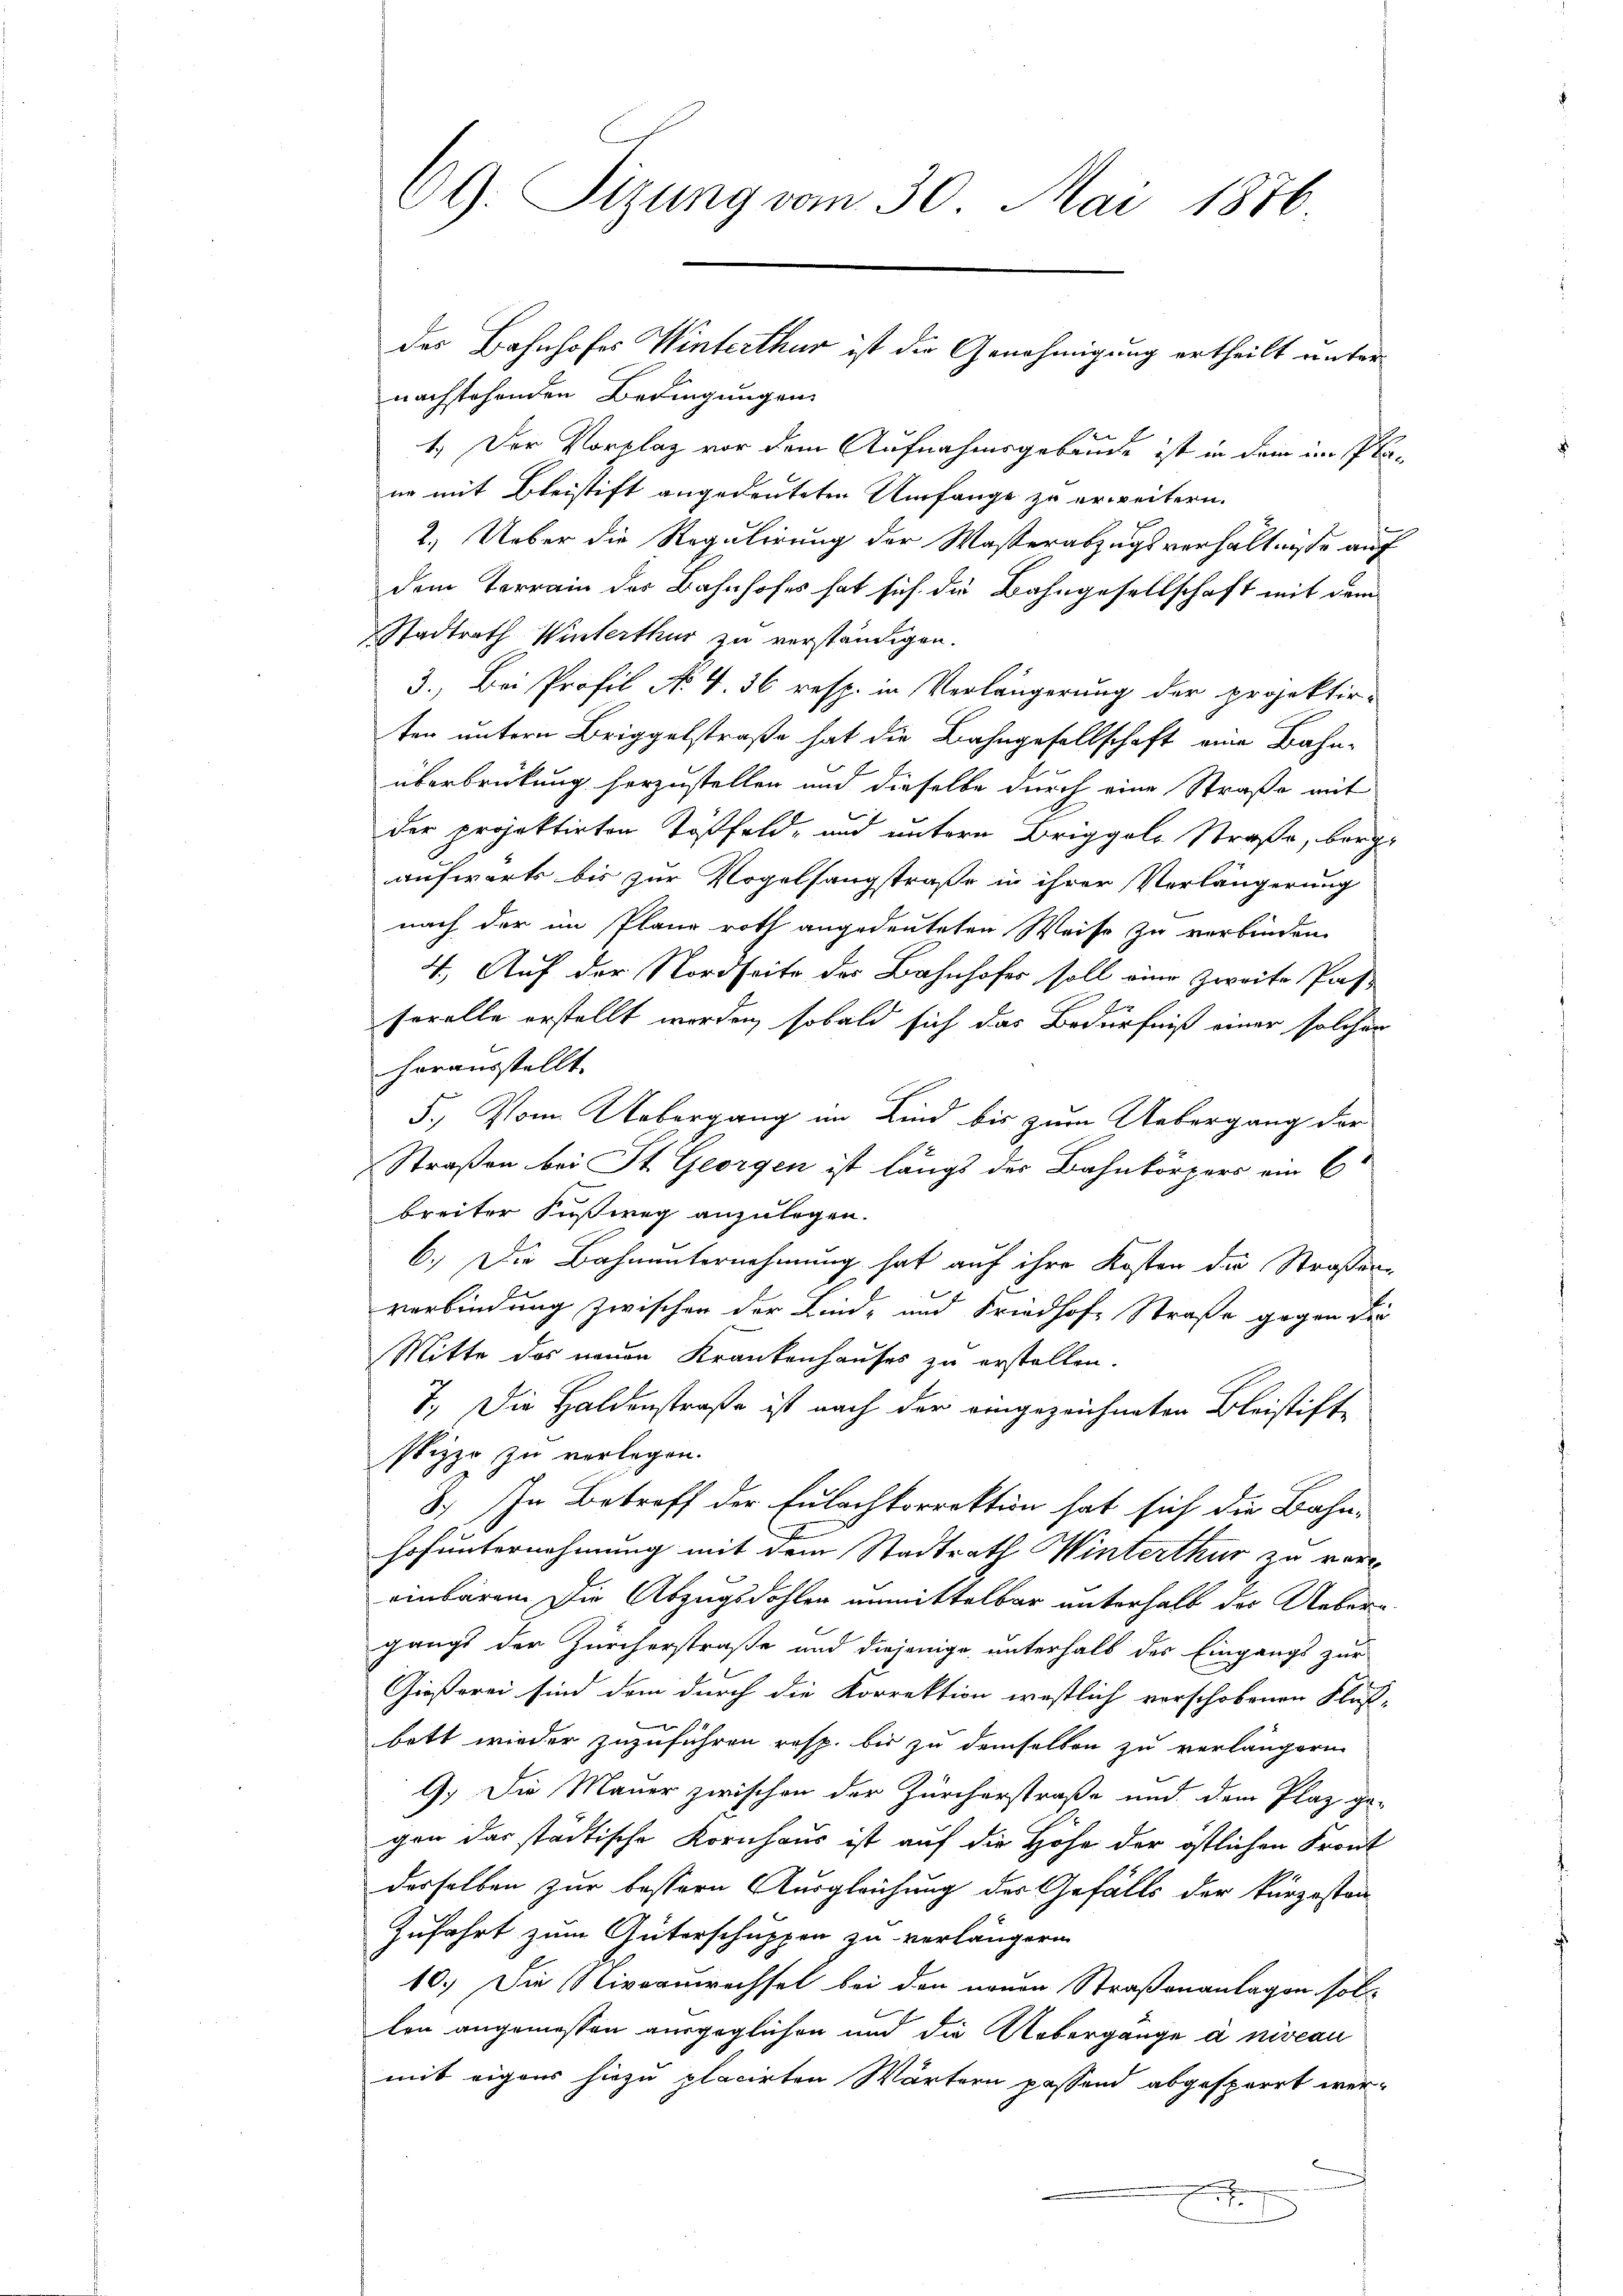
69. Tizung vom 30. Mai 1876

nachstehenden Bedingungen
1.) Der Vorplaz vor dem Aufnahmsgebäude ist in dem im Plane mit Bleistift angedeuteten Umfange zu erweitern.
2.) Ueber die Regulirung der Waßerabzugsverhältnisse auf
dem Terrain der Bahnhofes hat sich die Bahngesellschaft mit dem
. Stadtrath Winterthur zu verständigen.
3.) Bei Profil No 4. 36 resp. in Verlängerung der projektirten untern Briggelstraße hat die Bahngesellschaft eine Bahn-
überbrückung herzustellen und dieselbe durch eine Straße mit
der projektirten Tößfeld- und untern Briggele Straße, berg-
aufwärts bis zur Vogelsangstraße in ihrer Verlängerung
nach der im Plane roth angedeuteten Weise zu verbinden.
4. Auf der Nordseite des Bahnhofes soll eine zweite Pas¬
Forelle erstellt worden, sobald sich das Bedürfniß einer solcher
herausstellt.
5.) Von Uebergang im Kind bis zum Uebergang der
Straßen bei St. Georgen ist längs der Bahnkörpers ein C
breiter Fußweg anzulegen.
6.) Die Bahnunternehmung hat auf ihre Kosten die Straßenverbindung zwischen der Lind- und Friedhofe Straße gegen die
Mitte des neuen Krankenhauses zu erstellen.
7.) Die Haldenstraße ist nach der eingezeichneten Bleistift
stizzo zu verlegen.
J. In Betreff der Eulachtorrektion hat sich die Bahn-
Hofunternehmung mit dem Stadtrath Winterthur zu vereinbaren Die Abzugsdohlen unmittelbar unterhalb des Uebergangs der Zürcherstraße und diejenige unterhalb des Eingangs zur
Gießerei sind dem durch die Korrektion westlich verschobenen Klas-
e
bett wieder zuzuführen resp. bis zu demselben zu verlängern
G. Die Mauer zwischen der Zürcherstraße und dem Plaz ge-
gen das städtische Kornhaus ist auf die Höhe der östlichen Front
derselben zur bestern Ausgleichung des Gefälls der kurzostan
Zufahrt zum Güterschuppen zu verlängern
10.) Die Niveaurechsel bei den neuen Straßenanlagen sol-
len angemessen ausgeglichen und die Uebergange à niveau
mit eigens hiezu placirten Wärtern passend abgesperrt wer¬

des Bahnhofes Winterthur ist die Genehmigung ertheilt unter